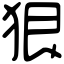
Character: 狠